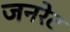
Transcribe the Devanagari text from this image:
जनरेट